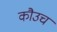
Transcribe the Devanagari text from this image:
कौउच